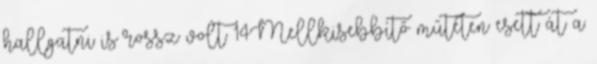
hallgatni is rossz volt 14Mellkisebbítő műtéten esett át a